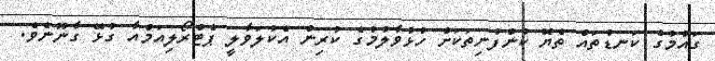
ގައުމުގެ ކަނޑުތައް ތެޔޮ ކުންފުނިތަކަށް ހުޅުވާލުމުގެ ކުރިން އެކުލަވާލީ ޕެޓްރޯލިއަމްއާ ގުޅޭ ގާނޫނެވެ.